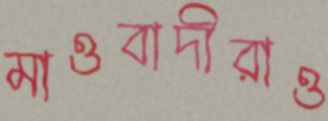
মাওবাদীরাও